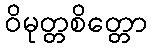
ဝိမုတ္တစိတ္တော